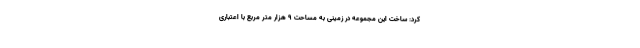
کرد: ساخت این مجموعه در زمینی به مساحت ۹ هزار متر مربع با اعتباری